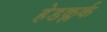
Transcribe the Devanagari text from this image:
हेडक्लर्क